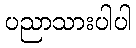
ပညာသားပါပါ